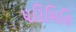
પરિમિતિ